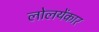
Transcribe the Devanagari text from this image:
लोलयेंकार